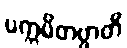
ပက္ကမိတဗ္ဗာတိ